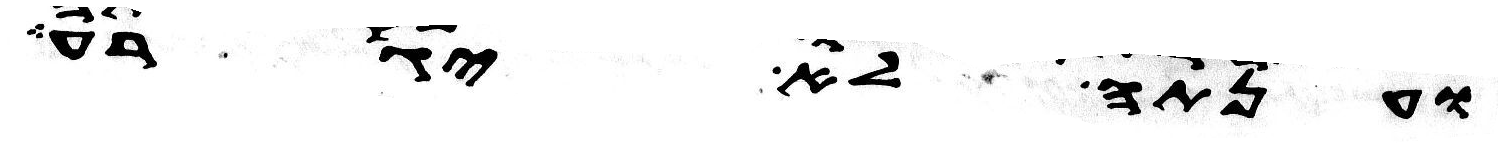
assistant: וענתה לא יגרע